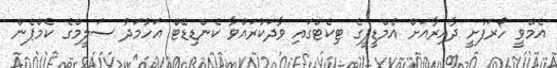
އެމްވީ ހޯރަފުށީ ދާއިރާއަށް އެމްޑީޕީގެ ޓިކެޓްގައި ވާދަކުރައްވާ ކެންޑިޑޭޓް އަހުމަދު ސަލީމްގެ ކެމްޕެން